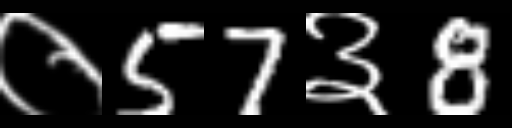
Text: ०57३8